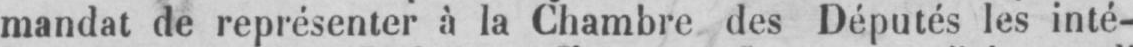
mandat de représenter à la Chambre des Députés les inté-